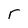
Character: r